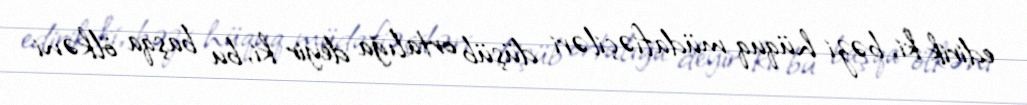
edirik ki, bəzi hüquq müdafiəçiləri düşüb ortalığa deyir ki, bu başqa ölkəni